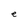
Character: e